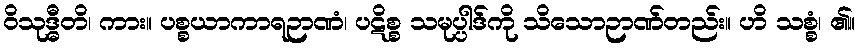
ဝိသုဒ္ဓီတိ၊ ကား။ ပစ္စယာကာရဉာဏံ၊ ပဋိစ္စ သမုပ္ပါဒ်ကို သိသောဉာဏ်တည်း။ ဟိ သစ္စံ၊ ၏။